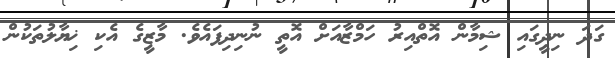
ގަދަ ނިދީގައި ޝިމާން އޮތްއިރު ހަމްޒާއަށް އޮތީ ނުނިދިފައެވެ. މާޒީގެ އެކި ޚިޔާލުތަކުން